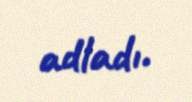
adladı.